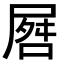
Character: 𪨘